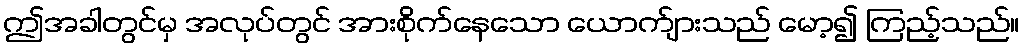
ဤအခါတွင်မှ အလုပ်တွင် အားစိုက်နေသော ယောက်ျားသည် မော့၍ ကြည့်သည်။